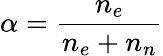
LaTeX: \alpha=\frac{n_{e}}{n_{e}+n_{n}}